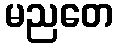
မညတေ